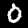
Label: 0